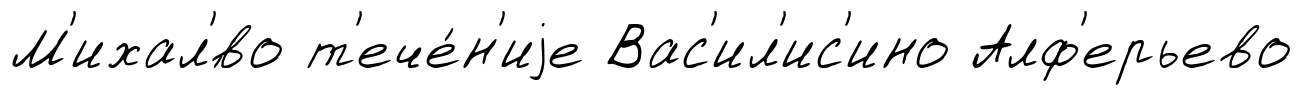
М'ихал'́во т'ече́н'иjе Вас'ил'ис'ино Алф'ерьево